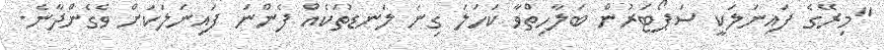
"މިރޭގެ ފައިނަލަކީ ސަޕޯޓަރުން ބަލާހިތްވާ ކަހަލަ ގިނަ ލަނޑުތަކެއް ފެންނަ ފައިނަލަކަށް ވެގެންދާނެ.